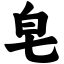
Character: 皂